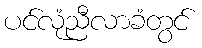
ပင်လုံညီလာခံတွင်